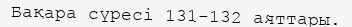
Бақара сүресі 131-132 аяттары.